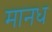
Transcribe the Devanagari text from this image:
मानध